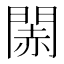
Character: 䦝